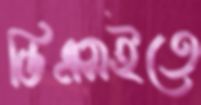
ডিএসইতে